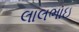
લાલભાઇ